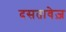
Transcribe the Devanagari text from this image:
दसतावेज़